system: You are a helpful assistant.
user:
Analyze the provided spectrum to determine if it is a **"Cataclysmic Variables (CV)"**.

- **Key Indicators for CV (Check for either state):**
    - **State 1: Quiescent / Low-State (Emission-Dominated)**
        - **(Primary):** Strong and *very broad* Hydrogen Balmer emission lines (e.g., $H\alpha$ at 6563 Å, $H\beta$ at 4861 Å). The 'broadness' (high velocity dispersion, often FWHM > 1000 km/s) is the key diagnostic, indicating a high-velocity accretion disk.
        - **(Secondary):** Broad neutral Helium (He I) emission lines (e.g., 5876 Å, 6678 Å).
        - **(Key Confirmation):** Presence of high-excitation *ionized* Helium (He II) emission at 4686 Å. This is a strong indicator of accretion onto a white dwarf.
        - **(Line Profile):** Emission lines may exhibit a 'double-peaked' profile, which is a classic signature of a rotating accretion disk viewed at high inclination.

    - **State 2: Outburst / High-State (Absorption-Dominated)**
        - **(Primary):** Spectrum is dominated by a bright, blue continuum (looks like a hot star).
        - **(Secondary):** The emission lines from State 1 are weak, absent, or 'filled in', and are replaced by broad, shallow *absorption* lines (primarily Balmer and He I).
        - **(Morphology):** The overall spectrum mimics a hot B/A-type star. The crucial difference is that the absorption lines are significantly broader, shallower, and more 'washed-out' (or 'smeared') than the sharp lines of a normal stellar photosphere, due to high rotational speeds and pressure broadening in the disk.

Think first, call **spectral_visualization_tool** if needed to examine features in detail, then provide your final answer. Your response must adhere to the following strict rules:
1.  **Overall Structure:** Your response must follow the format `<think>...</think> <tool_call>...</tool_call> (if a tool is used) <answer>...</answer>`.
2.  **Tool Usage Constraint:** You may only make **one** tool call per turn.
3.  **Final Answer Format:** In the `<answer>` tag, your conclusion must be inside a `\boxed{}` command (e.g., `\boxed{YES}`), followed by your justification.

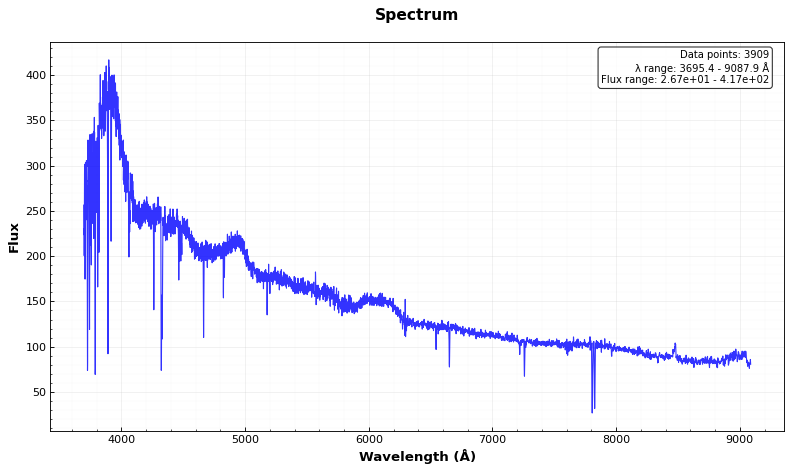
Answer: NO